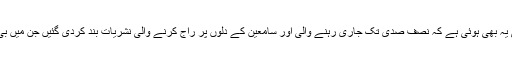
یہاں گذشتہ کئی سالوں میں ہونے والی مایوس کن تبدیلی یہ بھی ہوئی ہے کہ نصف صدی تک جاری رہنے والی اور سامعین کے دلوں پر راج کرنے والی نشریات بند کردی گئیں جن میں بی بی سی اردو، وائس آف جرمنی اور صدائے روس ہیں۔